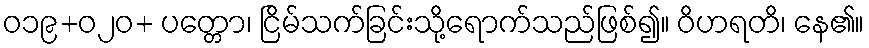
ဝ၁၉+၀၂ဝ+ ပတ္တော၊ ငြိမ်သက်ခြင်းသို့ရောက်သည်ဖြစ်၍။ ဝိဟရတိ၊ နေ၏။